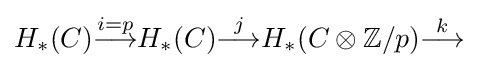
H_{*}(C){\overset {i=p}{\longrightarrow }}H_{*}(C){\overset {j}{\longrightarrow }}H_{*}(C\otimes \mathbb {Z} /p){\overset {k}{\longrightarrow }}